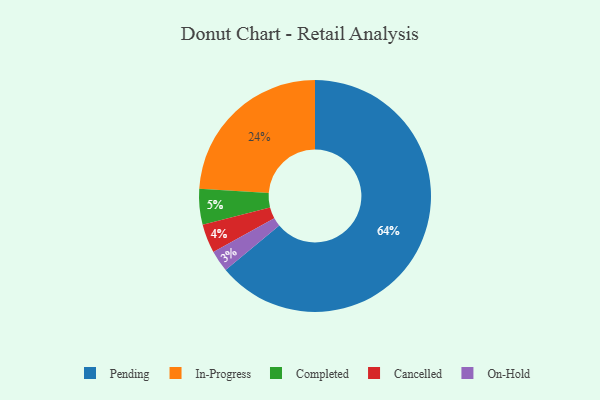
{"axis": {"x": "Category", "y": "Percentage"}, "legend": ["Cancelled", "Completed", "In-Progress", "On-Hold", "Pending"], "data": [{"x": "Pending", "y": 64, "type": "Pending"}, {"x": "Cancelled", "y": 4, "type": "Cancelled"}, {"x": "In-Progress", "y": 24, "type": "In-Progress"}, {"x": "On-Hold", "y": 3, "type": "On-Hold"}, {"x": "Completed", "y": 5, "type": "Completed"}]}